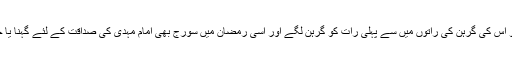
اور وہ نشان یہ ہیں کہ مہدی موعودؑکے زمانہ میں رمضان کے مہینہ میں چاند کو اس کی گرہن کی راتوں میں سے پہلی رات کو گرہن لگے اور اسی رمضان میں سورج بھی امام مہدی کی صداقت کے لئے گہنا یا جائے گا اور اسے اس کی گرہن کی تاریخوں میں سے درمیانے دن گرہن لگے گا۔